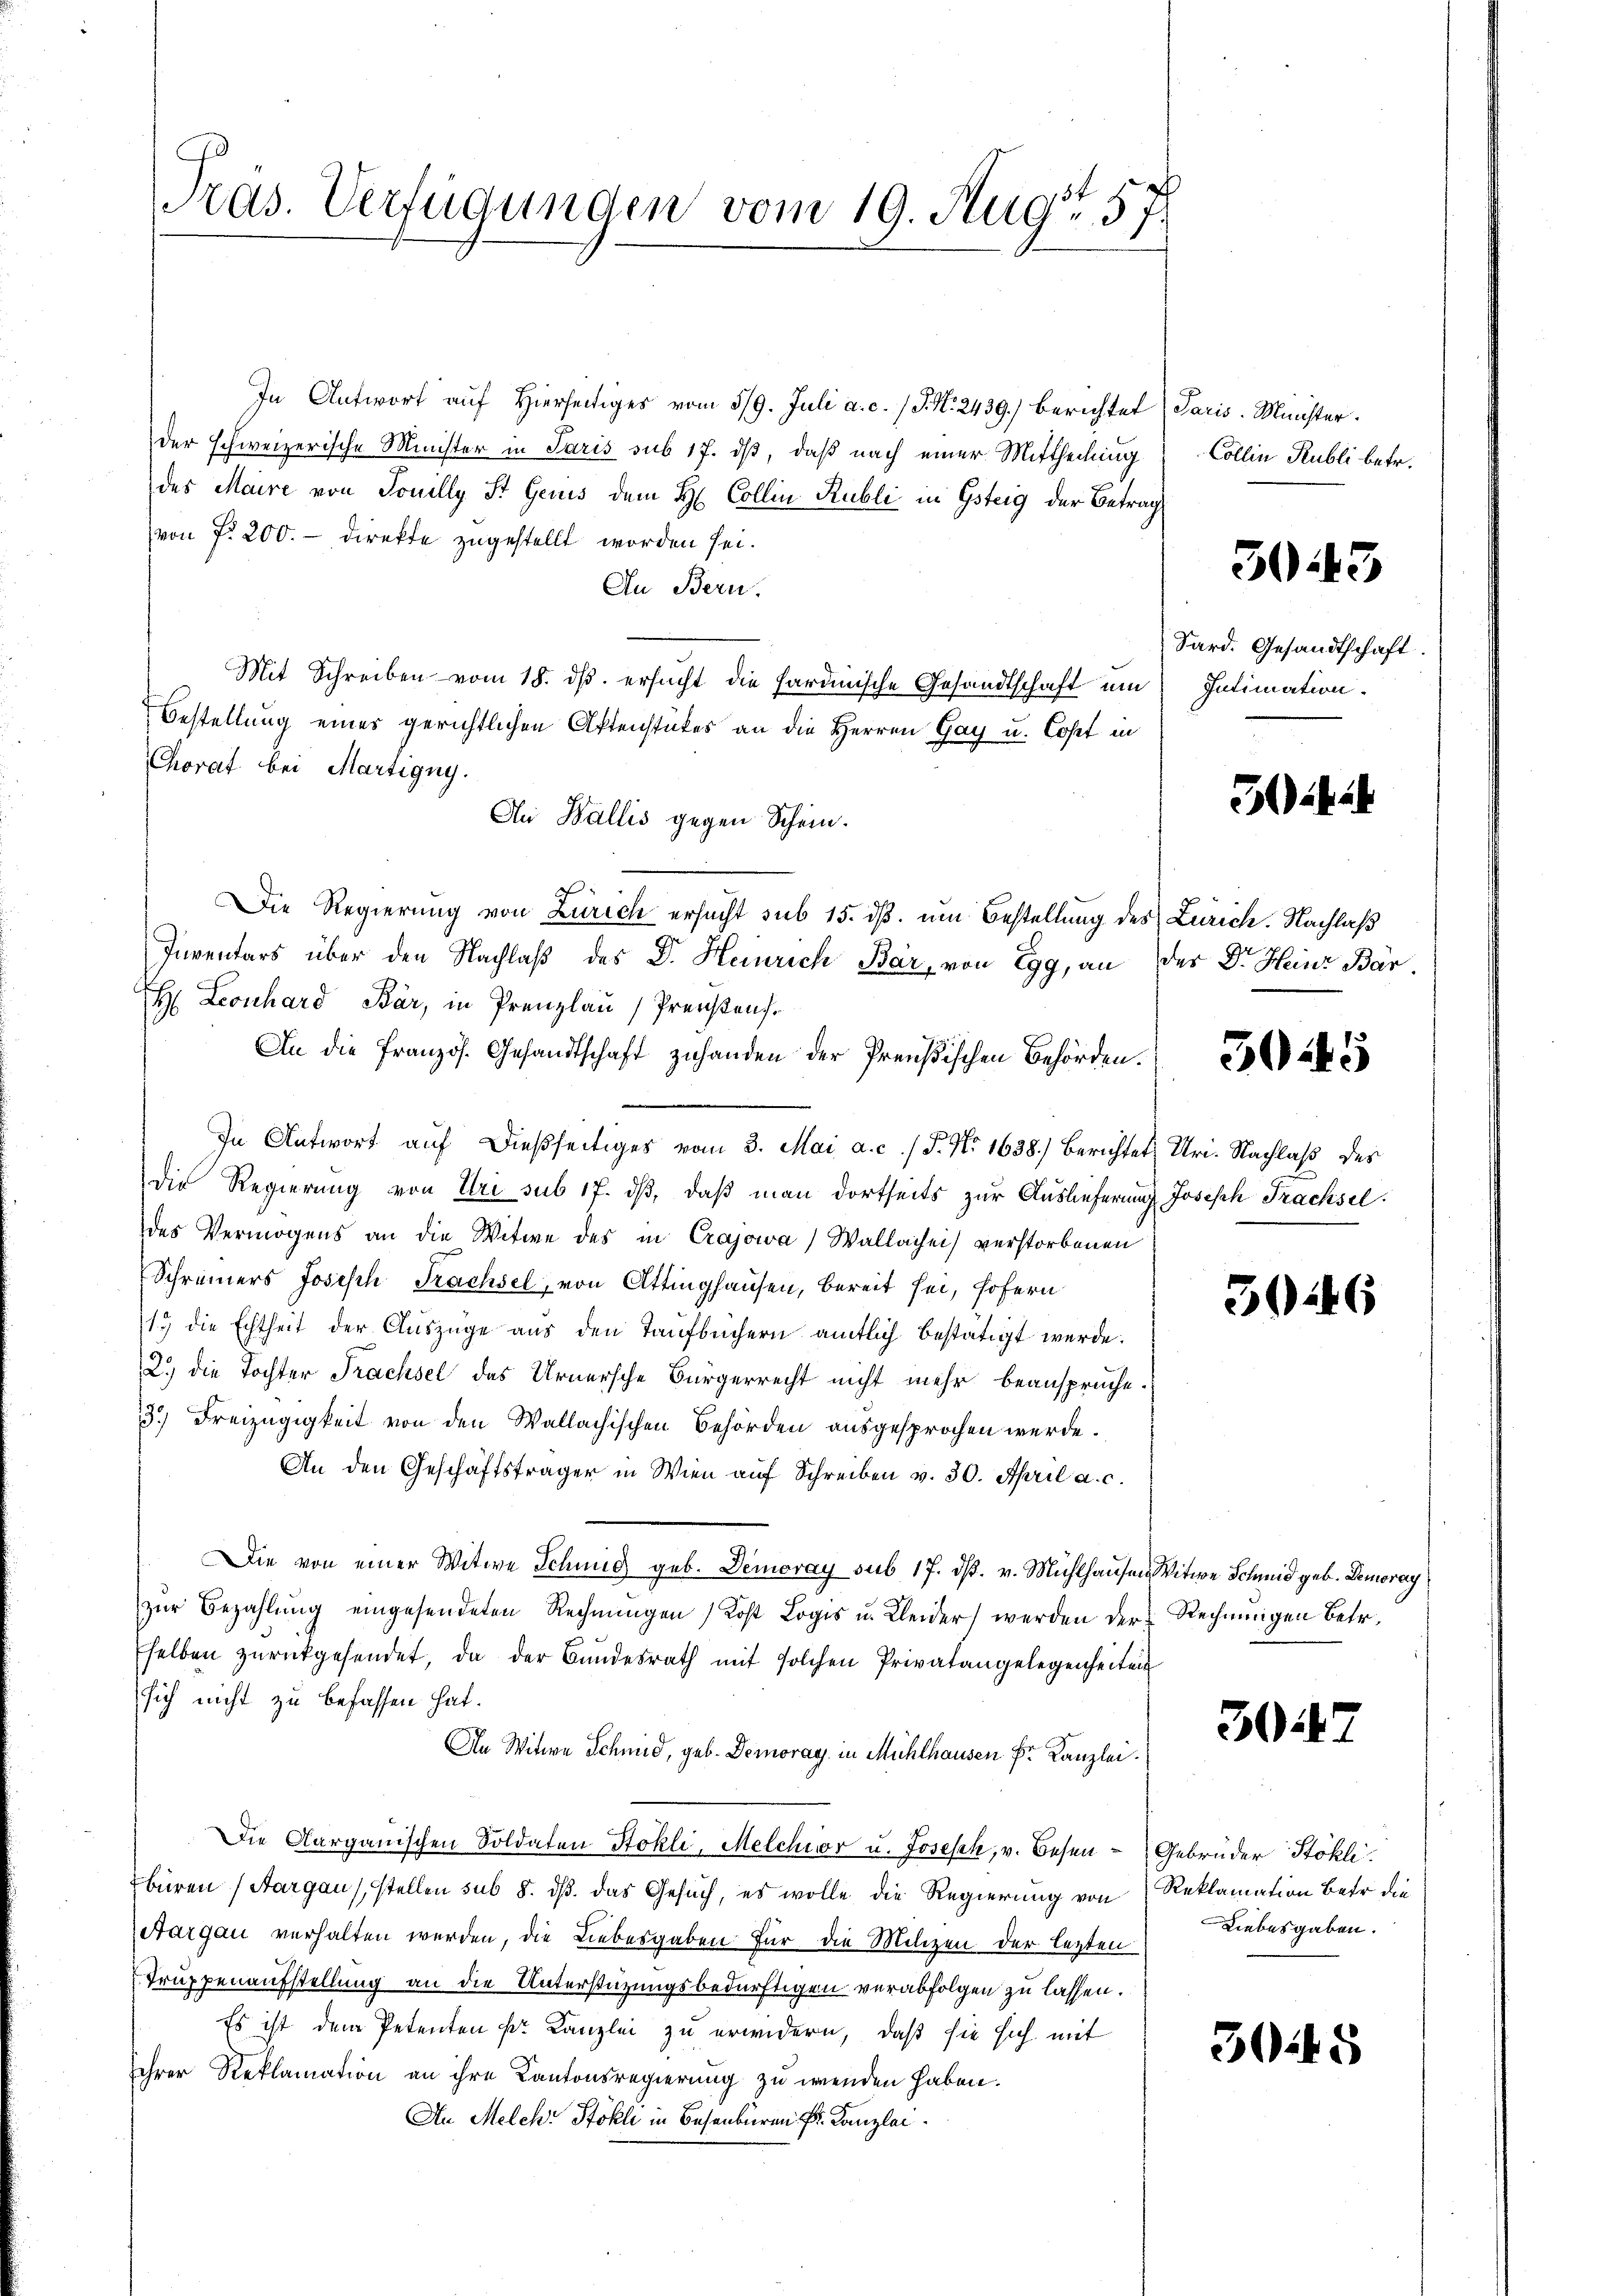
Pras. Verfügungen vom 19. Aug. 57.

In Antwort auf Hierseitiges vom 319. Juli a. c. / J. N. 2439.) Berichtet
der schweizerische Minister in Paris sub 17. ds, daß nach einer Mittheilung
des Maire von Tonilly St. Genis dem H. Collin Rubli in Gsteig der Betrag
(von f. 200. - Direkte zugestellt worden sei.
An Bern.
Mit Schreiben vom 18. ds. ersucht die haruinische Gesandtschaft um
Bestellung eines gerichtlichen Aktenstückes an die Herren Gay u. Cost in
Chorat bei Martigny.
Au Wallis gegen Schein.
Die Regierung von Zürich ersucht sub 15. dβ. um Bestellung des Zürich. Nachlaß
Inventars über den Nachlaß des Dr. Heinrich Bär, von Egg, an
H Leonhard Bär, in Prenzlau / Preistens.
An die Französ. Gesandtschaft zuhanden der Preußischen Behörden.
In Antwort auf dießseitiges vom 3. Mai a. c. / P. Nr. 1638.) Berichtet, Uri. Nachlaß des
Die Regierung von Uri sub 17. dβ, daß man dortseits zur Auslieferung Joseph Trachsel
des Vermögens an die Witwe des in Crajowa, Wallachei verstorbenen
Schreiners Joseph Trachsel, von Attinghausen, bereit sei, sofern
19 die Echtheit der Auszüge aus den Taufbüchern amtlich bestätigt werde.
2.) die Tochter Trachsel des Urnersche Bürgerrecht nicht mehr beansprüche.
13.) Freizügigkeit von den Wallachischen Behörden ausgesprochen werde.
An den Geschäftsträger in Wien auf Schreiben v. 30. April a. c.
Die von einer Witwe Sitzung geb. Demoray sub 17. ds. v. Mühlhausen Witwe Schmid geb. Demoray
zŭr Bezahlung eingesendeten Rechnungen Kost Logis u. Kleider werden der Rechnungen betr.
selben zŭrückgesendet, da der Bŭndesrath mit solchen Privatangelegenheiten
sich nicht zu befassen hat.
An Witwe Schmid, geb. Demorag in Mühlhausen Fr. Kanzlei.
Die Aargauischen Soldaten Stokli, Melchior u. Joseph, v. Besen - Gebrüder Stokli
büren (Aargau, stellen sub 8. ds. das Gesuch, es wolle die Regierung von Reklamation Betr. die
Aargau verhalten werden, die Liebesgaben für die Milizen der lezten
Truppenaufstellung an die Unterstützungsbedürftigen verabfolgen zu lassen.
Es ist dem Petenten kr. Kanzlei zu erwidern, daß sie sich mit
ihrer Reklamation an ihre Kantonsregierung zu wenden haben.
An Melche Stokli in Besenbüren Fr. Kanzlei

Paris. Minister.
Collen Publi betr.

3043

Sard. Gesandtschaft.
Intimation.

32

der Dr. Heinr Bar.

30245

3246

3044.

Liebesgaben.

3045